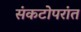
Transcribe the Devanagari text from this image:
संकटोपरांत